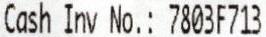
CASH INV NO.: 7803F713